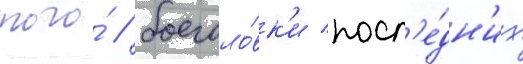
того́ / боеголо́вк'и посл'е́дн'их